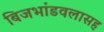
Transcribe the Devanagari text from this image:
बिजभांडवलासह